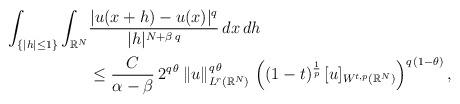
LaTeX: \begin{align*}\int_{\{|h|\le 1\}} \int_{\mathbb{R}^N} &\frac{|u(x+h)-u(x)|^q}{|h|^{N+\beta\,q}}\,dx\,dh\\&\le \frac{C}{\alpha-\beta}\,2^{q\,\theta}\,\|u\|_{L^{r}(\mathbb{R}^N)}^{q\,\theta}\,\left((1-t)^\frac{1}{p}\, [u]_{W^{t,p}(\mathbb{R}^N)}\right)^{q\,(1-\theta)},\end{align*}